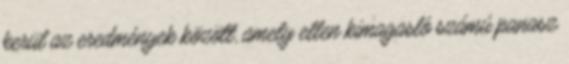
kerül az eredmények között, amely ellen kimagasló számú panasz